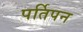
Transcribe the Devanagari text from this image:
पर्तिपन